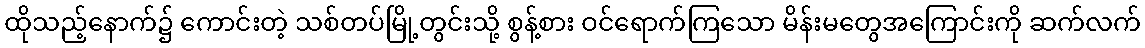
ထိုသည့်နောက်၌ ကောင်းတဲ့ သစ်တပ်မြို့တွင်းသို့ စွန့်စား ဝင်ရောက်ကြသော မိန်းမတွေအကြောင်းကို ဆက်လက်